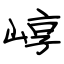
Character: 崞